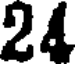
24